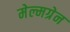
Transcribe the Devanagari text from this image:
मेल्मग्रेन